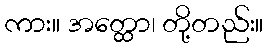
ကား။ အတ္ထော၊ တို့တည်း။